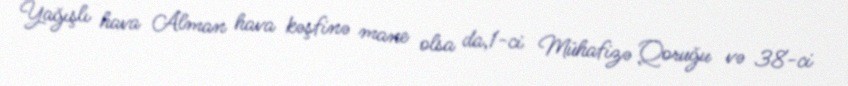
Yağışlı hava Alman hava kəşfinə mane olsa da,1-ci Mühafizə Qoruğu və 38-ci